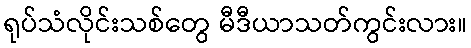
ရုပ်သံလိုင်းသစ်တွေ မီဒီယာသတ်ကွင်းလား။